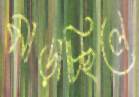
মাড়াচ্ছিলে